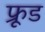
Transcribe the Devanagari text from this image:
फ्रूड